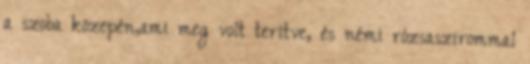
a szoba közepén,ami meg volt terítve, és némi rózsaszirommal